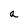
Character: a